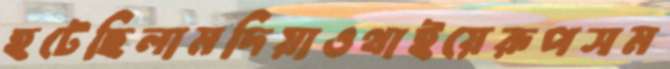
হটেছিলামদিয়াওথাইয়েরূপসম